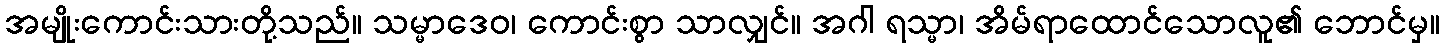
အမျိုးကောင်းသားတို့သည်။ သမ္မာဒေဝ၊ ကောင်းစွာ သာလျှင်။ အဂါ ရသ္မာ၊ အိမ်ရာထောင်သောလူ၏ ဘောင်မှ။